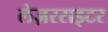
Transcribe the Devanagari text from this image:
लेज़रराइटर